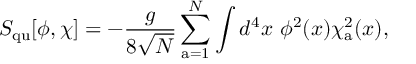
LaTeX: S _ { \mathrm { q u } } [ \phi , \chi ] = - { \frac { g } { 8 \sqrt N } } \sum _ { \mathrm { a } = 1 } ^ { N } \int d ^ { 4 } x ~ \phi ^ { 2 } ( x ) \chi _ { \mathrm { a } } ^ { 2 } ( x ) ,